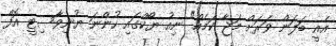
އެއީ ބަލަން ވަރަށް މަޖާ ކަމެއް" ނިއު ޔޯކްގައި ހުންނަ ޔުނިވާސިޓީ އޮފް